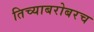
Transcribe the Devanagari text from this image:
तिच्याबरोबरच